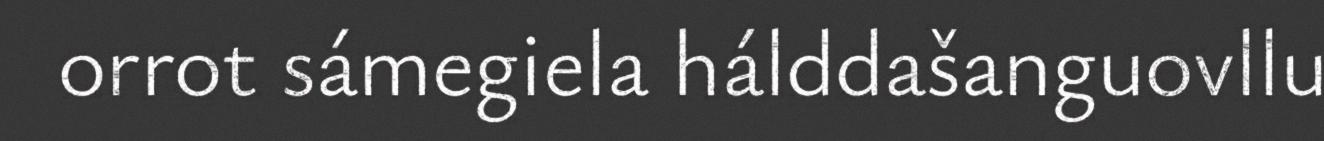
orrot sámegiela hálddašanguovllu